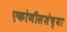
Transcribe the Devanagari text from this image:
एकोणीसशेच्या